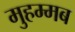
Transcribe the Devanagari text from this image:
मुहम्मब